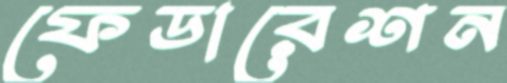
ফেডারেশন